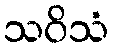
သဝိသံ